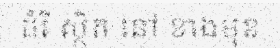
ដំរី ស្ថិត នៅ ខាងមុខ